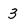
Character: 3